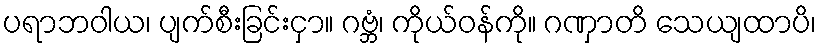
ပရာဘဝါယ၊ ပျက်စီးခြင်းငှာ။ ဂဗ္ဘံ၊ ကိုယ်ဝန်ကို။ ဂဏှာတိ သေယျထာပိ၊